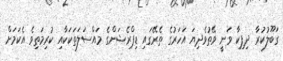
ގަބޫލުކުރާ ދިޕިކާ ވަނީ ވޭތުވެދިޔަ އަހަރުގެ ތެރޭގައި ޑިޕްރެޝަންގެ މައްސަލަތަކަކާއި ކުރިމަތިވެ އެކަމަށް